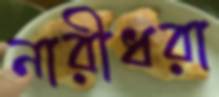
নারীধরা